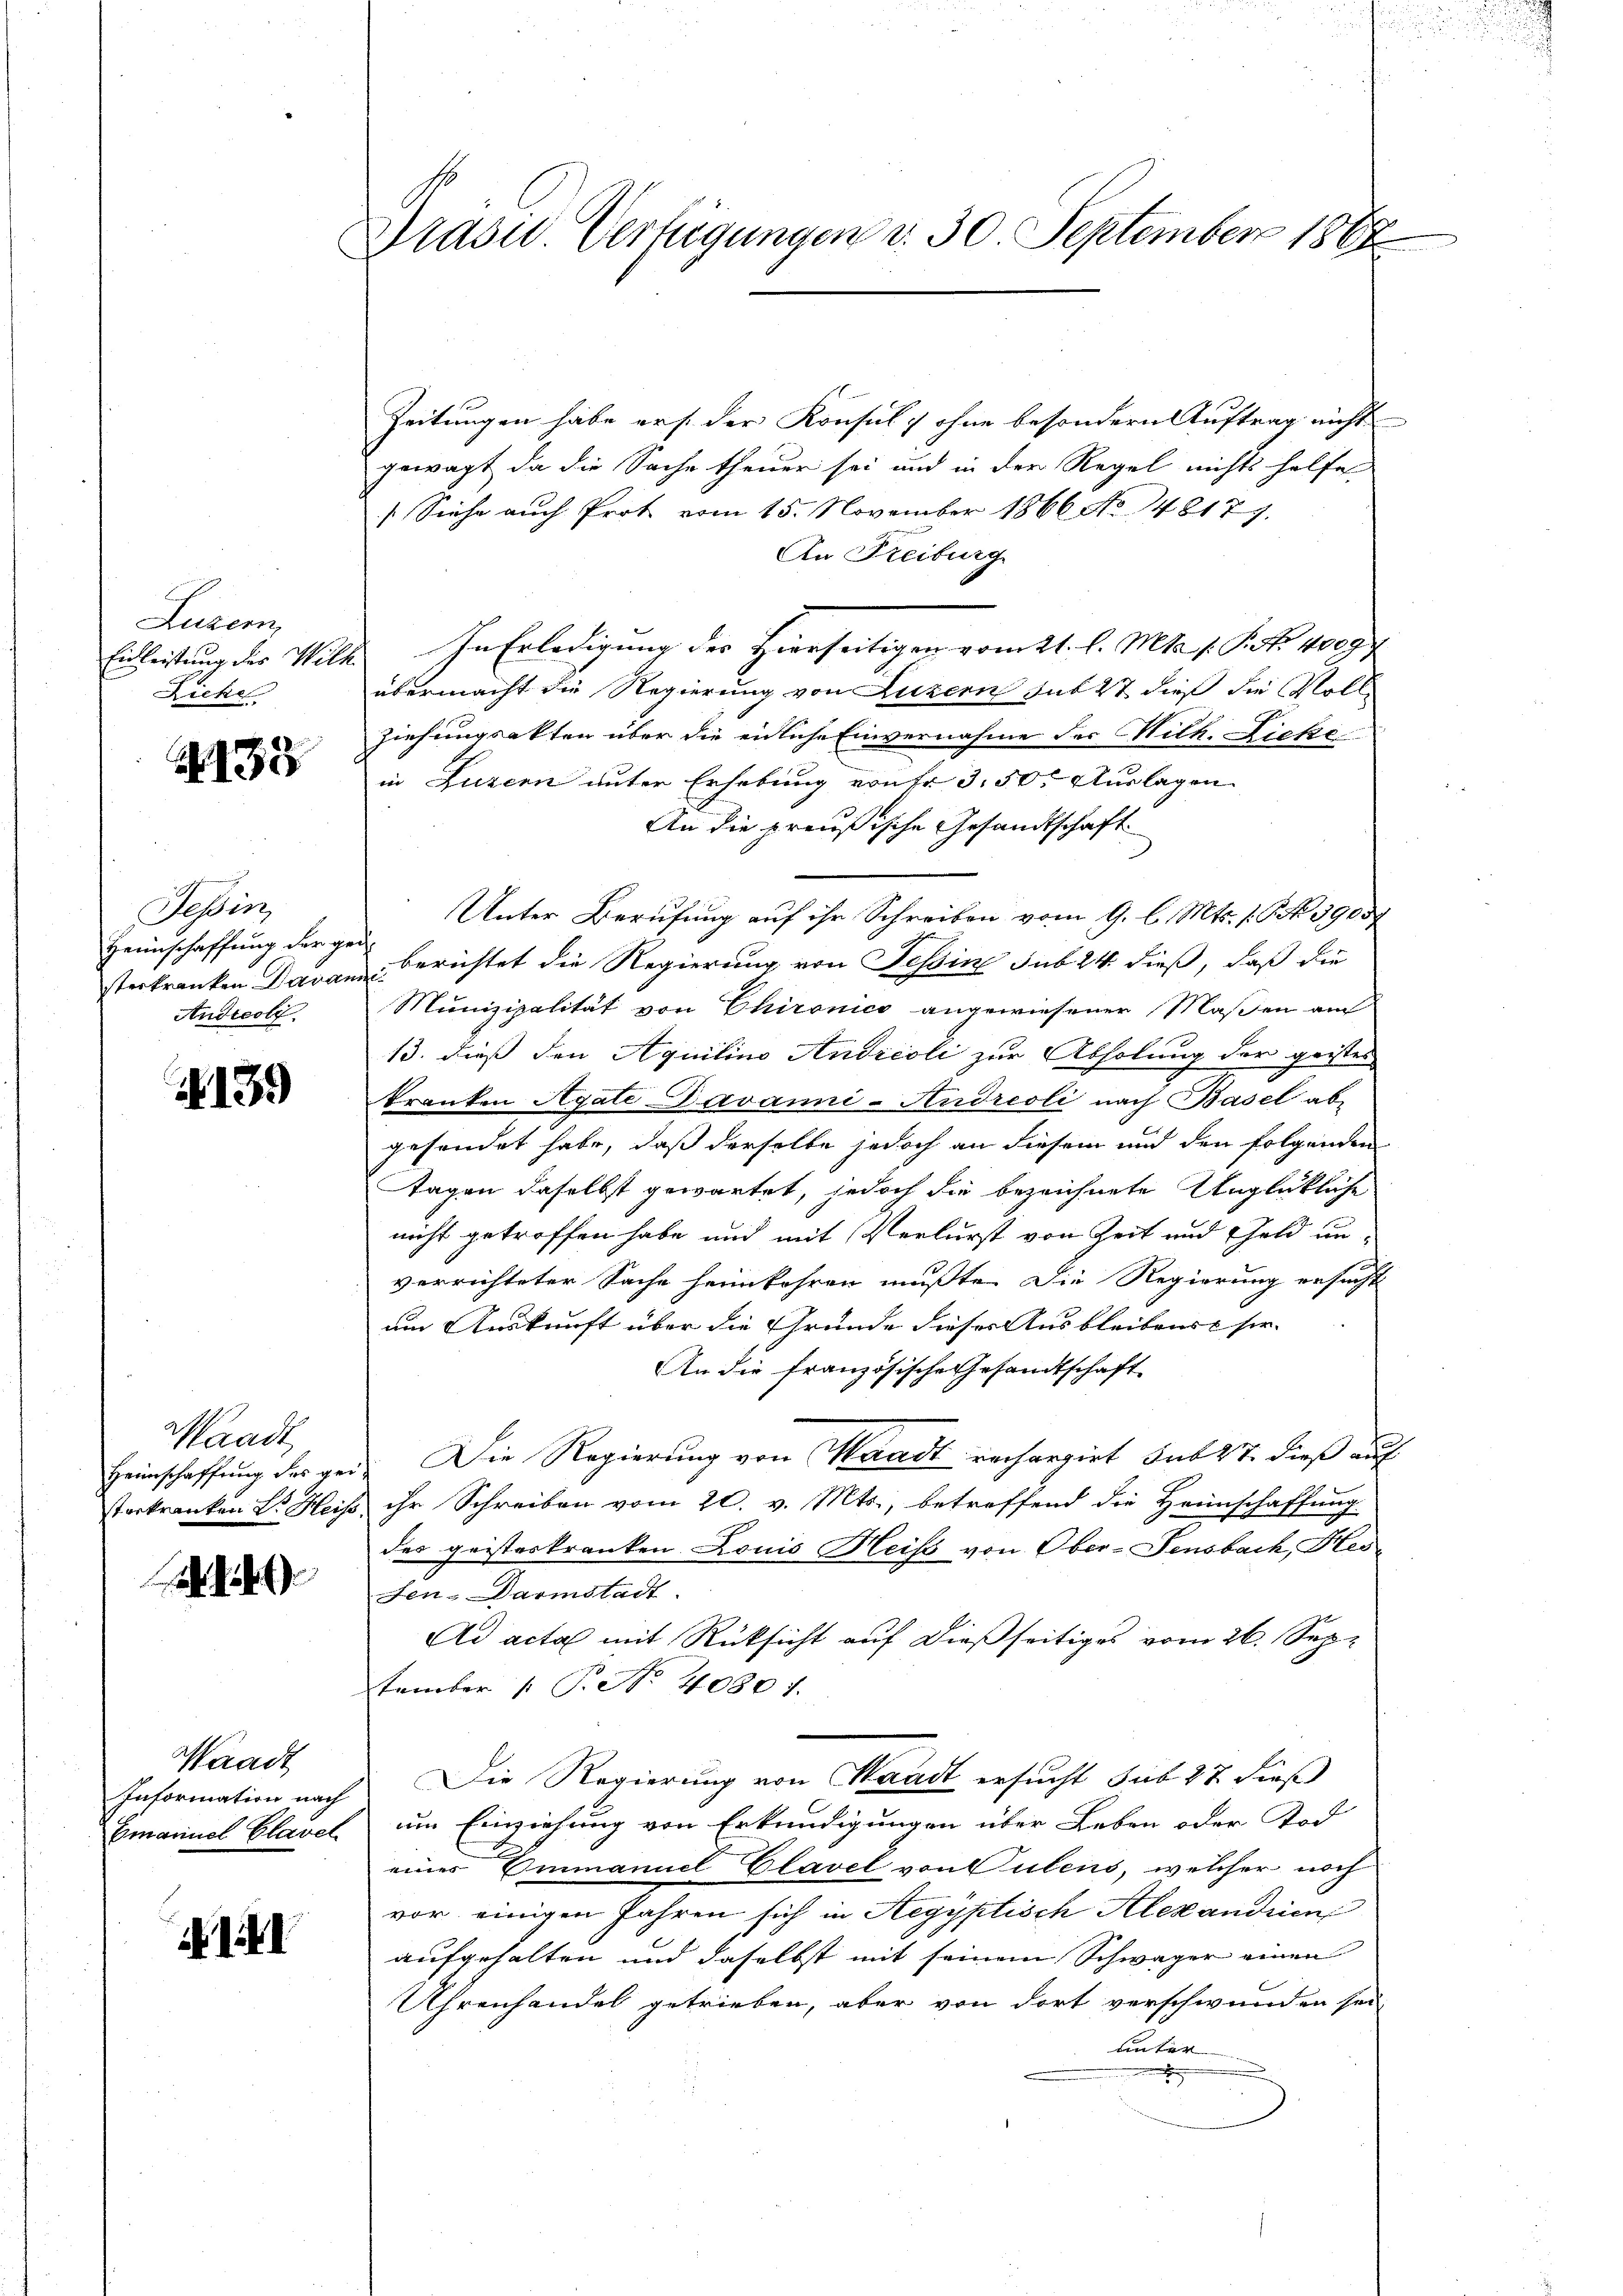
Luzern,
Ziehe

A 138

Tessin,
sterkranken Davan
Andreoli.

§13.

Waadt
Heimschaffung des gei
torkranken Dr. Heis

Waadt
Information nach
Emanuel Clavel

I

Dräser Verfügungen d. 30. September 1868

Zeitungen habe er s. der Konsul, ohne besondern Auftrag nicht
gewagt, da die Sache theuer sei und in der Regel nichts helfe
/. Siehe auch Prot vom 15. November 1866 No. 148177
An Freiburg
Einleistung des Wilh. In Erledigung der Hierseitigen vom 21. l. Mts. f. P. Nr. 10097
übermacht die Regierung von Luzern sub 27 dieß die Rolle
ziehungsakten über die eidliche Einvernahme der Mitk. Ziehe
in Luzern unter Erhebung von fr. 350. Auslagen
An die preußische Gesandtschaft
Unter Berufung auf ihr Schreiben vom 9. l. Mts. s. S. 3900f
Heimschaffung der zu berichtet die Regierung von Tessine sub 24. dieß, daß die
oft
Munizipalität von Chironico angewiesener Maßen au
13. dieß den Aquilins Andreoli zur Abholung der geistes
kranken Agate Davanni-Audreoli nach Basel abgesendet habe, daß derselbe jedoch an diesem und den folgenden
Tagen daselbst gewartet, jedoch die bezeichnete Unglückliche
nicht getroffen habe und mit Verlurst von Zeit und Geld unverrichteter Sache heimkehren mußte. Die Regierung ersucht
um Auskunft über die Gründe dieser Ausbleibenst sie
An die französische Gesandtschaft
Die Regierung von Waadt rechargirt sub 27. dieß auf
& ihr Schreiben vom 20. v. Mts., betreffend die Heimschaffung
des geisteskranken Louis Heis von Ober-Sensbach, Her¬
Fen-Darmstadt.
Ad acta mit Rücksicht auf dießseitiges vom 26. September [ P. No 40801.
Die Regierung von Waadt ersucht sub 27 dieß
um Einziehung von Erkundigungen über Leben oder Tod
eines Einmannel Clavel von Sulens, welcher noch
vor einigen Jahren sich in Aegyptisch Alexandinn
aufgehalten und daselbst mit seinem Schwäger einen
Uhrenhandel getrieben, aber von dort verschwunden sei,
unter